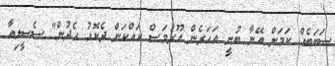
ސަބަބެއް ކަމަށް އޭނާ ބުނީ އަހަރެން އޫރުމަސް ކައްކަން ދެކޮޅު ހެދުން" ސެސީލިއާ